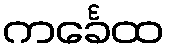
ကင်္ခေထ